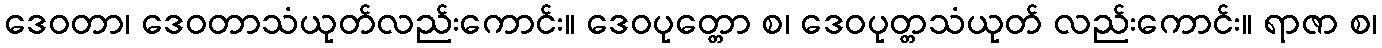
ဒေဝတာ၊ ဒေဝတာသံယုတ်လည်းကောင်း။ ဒေဝပုတ္တော စ၊ ဒေဝပုတ္တသံယုတ် လည်းကောင်း။ ရာဇာ စ၊